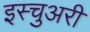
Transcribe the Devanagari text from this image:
इस्चुअरी